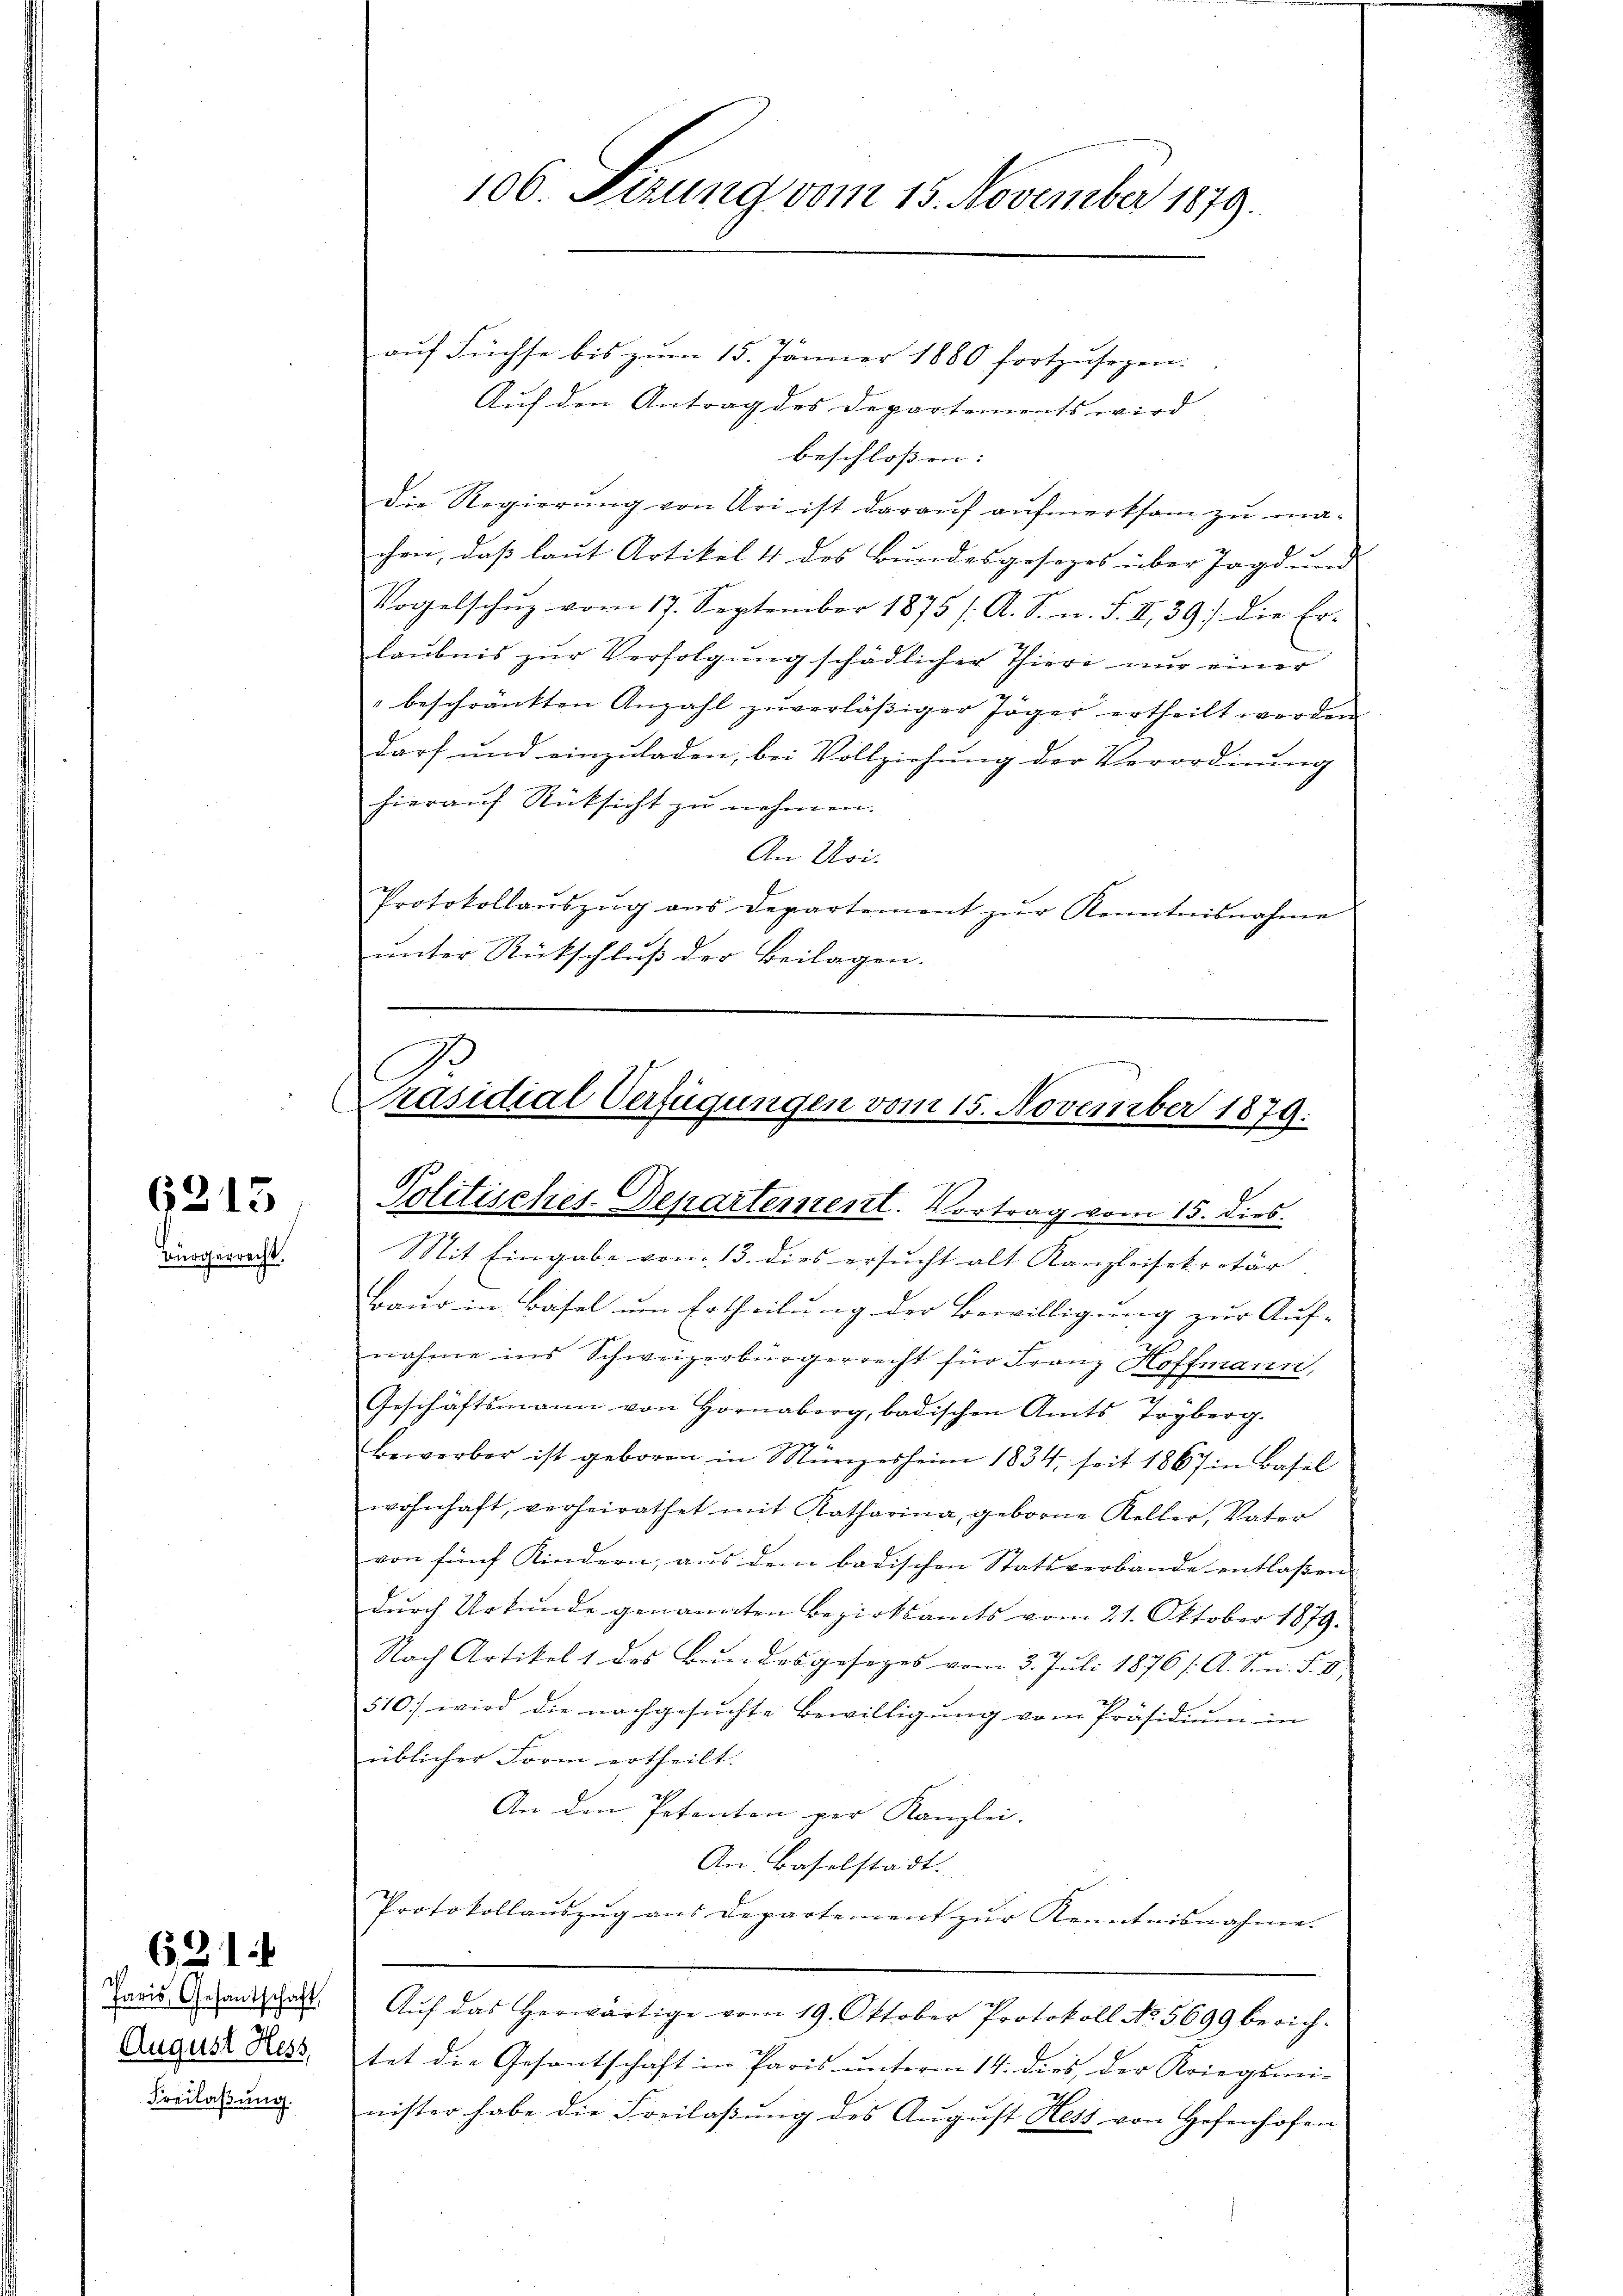
6213

¬

62. 14

errecht.

d
August Hess,
Freilaßung.

106. Sezung vom 15. November 1879.

auf Füchse bis zum 15. Jänner 1880 fortzusehen.
Auf den Antrag des Departements wird
beschlossen: |
Die Regierung von Uri ist darauf aufmerksam zu machen, daß laut Artikel 4 des Bundesgesezes über Jagd und
Vogelschuz vom 17. September 1875 /: A. S. n. F. II. 39 die Er-
laubnis zur Verfolgung schädlicher Thiere nur einer
" beschränkten Anzahl zŭverläβiger Jäger ertheilt werden
darf und einzuladen, bei Vollziehung der Verordnung
hierauf Rücksicht zu nehmen.
An Uri.
Protokollaŭszŭg ans Departement zŭr Kenntnisnahme
unter Rückschluß der Beilagen.

Präsidial-Verfügungen vom 15. November 1879.
Politisches-Departement. Vortrag vom 15. dies

Sit Eingabe vom 13. dies ersucht alt Kanzleisekretär
Baur in Basel um Ertheilung der Bewilligung zur Auf-
nahme ins Schweizerbürgerrecht für Franz Hoffmann,
Geschäftsmann von Hornberg, badischen Amts Tryberg.
Bewerber ist geboren in Münzerheim 1834, seit 1867 in Basel
wohnhaft, verheirathet mit Katharina, geborne Keller, Vater
von fünf Kindern, aus dem badischen Statsverbande entlaßen
dŭrch Urkunde genannten Bezirksamts vom 21. Oktober 1879.
Nach Artikel 1 des Bŭndesgesezes vom 2. Juli 1876 /: A. Srn. F. V
510) wird die nachgesuchte Bewilligung vom Präsidium in
üblicher Form ertheilt.
An den Petenten per Kanzlei- |
An: Baselstadt.
Protokollauszug aus Departement zur Kenntnisnahme.
Tani Grandschaft. Aŭf das herwärtige vom 19. Oktober Protokoll No 5699 berich-
tet die Gesantschäft in Paris unterm 14. dies, der Kriegsmi-
nister habe die Freilaßung des August Hess von Hefenhofen